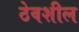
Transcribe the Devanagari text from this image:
ठेवशील